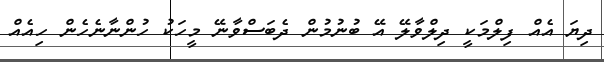
ދިޔަ އެއް ފިލްމަކީ ދިލްވާލޭ އޭ ބުނުމުން ދެބަސްވާނޭ މީހަކު ހުންނާނެހެން ހިއެއް